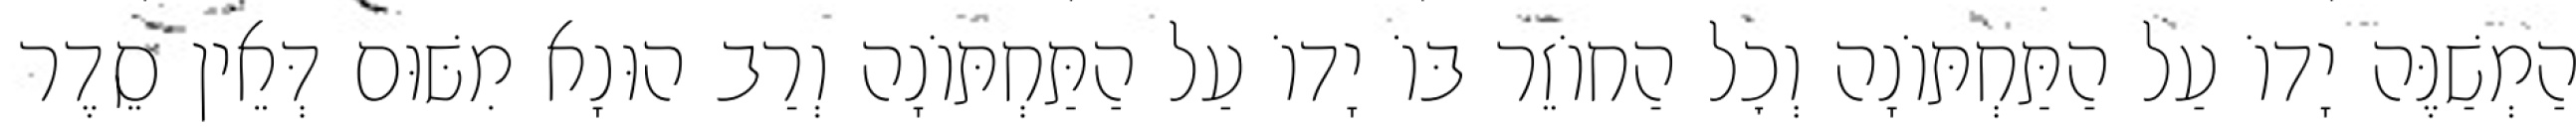
הַמְשַׁנֶּה יָדוֹ עַל הַתַּחְתּוֹנָה וְכׇל הַחוֹזֵר בּוֹ יָדוֹ עַל הַתַּחְתּוֹנָה וְרַב הוּנָא מִשּׁוּם דְּאֵין סֵדֶר